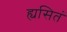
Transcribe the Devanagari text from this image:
ह्यसितं